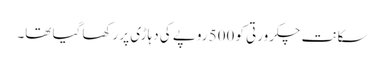
سکانت چکرورتی کو 500 روپے کی دہاڑی پر رکھا گیا تھا۔